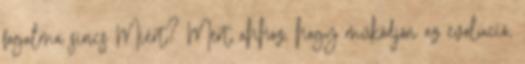
fogalma sincs Miért? Mert ahhoz, hogy működjön az evolúció,